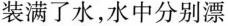
装满了水，水中分别漂